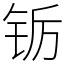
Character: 䥿